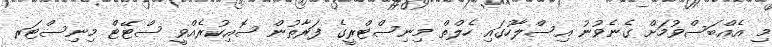
މި އެއްބަސްވުމަށް ގެނެވުނު އިސްލާހުގައި ހެލްތް މިނިސްޓްރީގެ ފަރާތުން ސޮއިކުރެއްވީ ސްޓޭޓް މިނިސްޓަރ